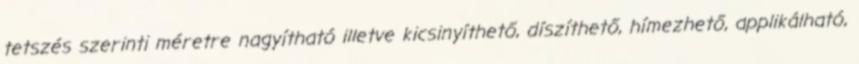
tetszés szerinti méretre nagyítható illetve kicsinyíthető, díszíthető, hímezhető, applikálható,